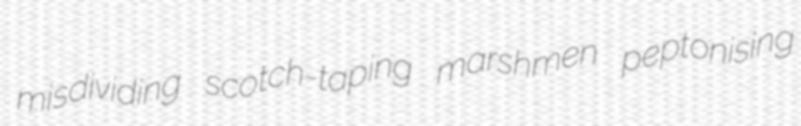
misdividing scotch-taping marshmen peptonising